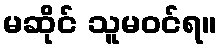
မဆိုင် သူမဝင်ရ။